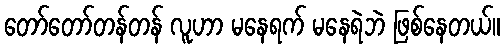
တော်တော်တန်တန် လူဟာ မနေရက် မနေရဲဘဲ ဖြစ်နေတယ်။